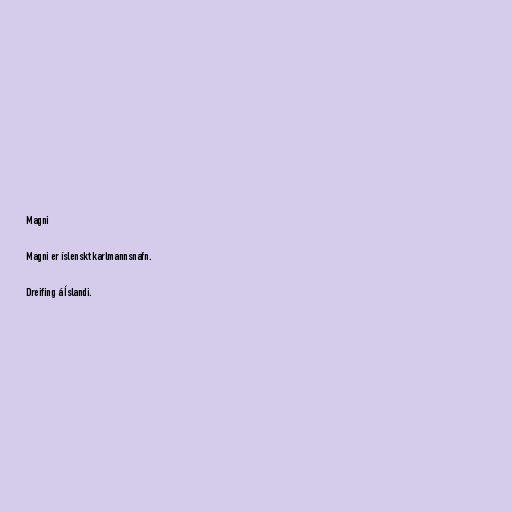
Magni

Magni er íslenskt karlmannsnafn.

Dreifing á Íslandi.